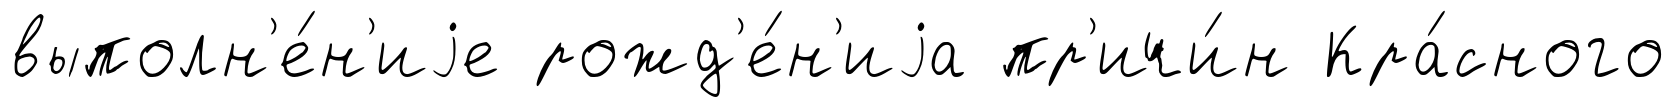
выполн'е́н'иjе рожд'е́н'иjа пр'ичи́н Кра́сного